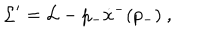
{ \cal L } ^ { \prime } = { \cal L } - p _ { - } \dot { x } ^ { - } ( p _ { - } ) ~ ,